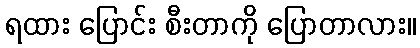
ရထား ပြောင်း စီးတာကို ပြောတာလား။